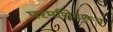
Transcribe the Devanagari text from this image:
परमशिवरूप